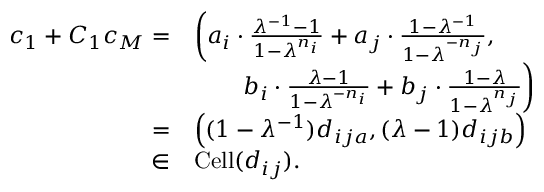
\begin{array} { r l } { \boldsymbol { c } _ { 1 } + C _ { 1 } \boldsymbol { c } _ { M } = } & { \left( a _ { i } \cdot \frac { \lambda ^ { - 1 } - 1 } { 1 - \lambda ^ { n _ { i } } } + a _ { j } \cdot \frac { 1 - \lambda ^ { - 1 } } { 1 - \lambda ^ { - n _ { j } } } , \right. } \\ & { \quad \quad \left. b _ { i } \cdot \frac { \lambda - 1 } { 1 - \lambda ^ { - n _ { i } } } + b _ { j } \cdot \frac { 1 - \lambda } { 1 - \lambda ^ { n _ { j } } } \right) } \\ { = } & { \left( ( 1 - \lambda ^ { - 1 } ) d _ { i j a } , ( \lambda - 1 ) d _ { i j b } \right) } \\ { \in } & { \operatorname { C e l l } ( \boldsymbol { d } _ { i j } ) . } \end{array}